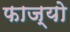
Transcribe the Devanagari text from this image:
फाज्यो